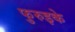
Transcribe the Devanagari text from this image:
फुरुइके